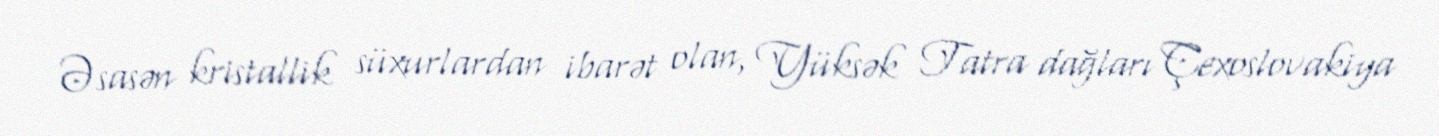
Əsasən kristallik süxurlardan ibarət olan, Yüksək Tatra dağları Çexoslovakiya